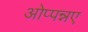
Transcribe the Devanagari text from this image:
ओप्पन्नए